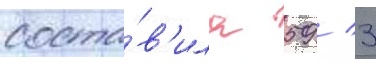
соста́в'ила 59 / 3